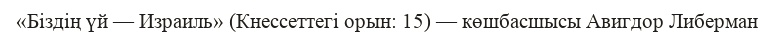
«Біздің үй — Израиль» (Кнессеттегі орын: 15) — көшбасшысы Авигдор Либерман